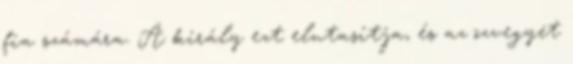
fia számára. A király ezt elutasítja, és az özvegyet